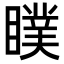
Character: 瞨